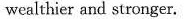
wealthier and stronger.